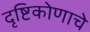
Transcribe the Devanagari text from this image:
दृष्टिकोणाचे